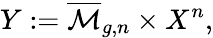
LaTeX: Y:={\overline{{\mathcal{M}}}}_{g,n}\times X^{n},